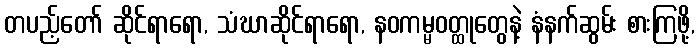
တပည့်တော် ဆိုင်ရာရော, သံဃာဆိုင်ရာရော, နဝကမ္မဝတ္ထုတွေနဲ့ နံနက်ဆွမ်း စားကြဖို့,